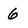
Character: 6